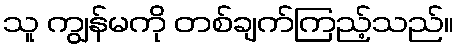
သူ ကျွန်မကို တစ်ချက်ကြည့်သည်။